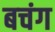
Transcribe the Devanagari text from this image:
बचंग